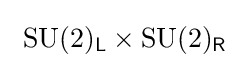
\ {\text{SU}}(2)_{\mathsf {L}}\times {\text{SU}}(2)_{\mathsf {R}}\